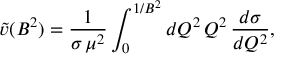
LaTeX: \tilde { v } ( B ^ { 2 } ) = \frac 1 { \sigma \, \mu ^ { 2 } } \int _ { 0 } ^ { 1 / B ^ { 2 } } { d Q ^ { 2 } } \, Q ^ { 2 } \, \frac { d \sigma } { d Q ^ { 2 } } ,